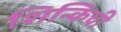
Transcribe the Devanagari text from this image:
शिन्किची